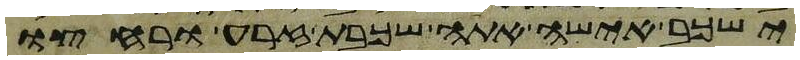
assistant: ישכב אישה אתה שכבת זרע ורחצו